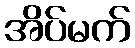
အိပ်မက်